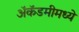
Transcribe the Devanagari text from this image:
अॅकॅडमीमध्ये